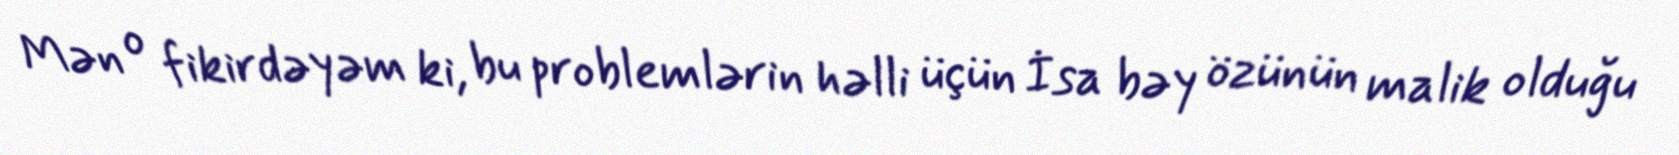
Mən o fikirdəyəm ki, bu problemlərin həlli üçün İsa bəy özünün malik olduğu